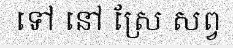
ទៅ នៅ ស្រែ សព្វ